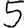
Digit: 5